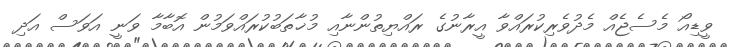
ވީޑިއޯ މެސެޖެއް މެދުވެރިކުރައްވާ އީރާނުގެ ރައްޔިތުންނާއި މުޚާތަބުކުރައްވަމުން އޮބާމާ ވަނީ އަވަސް އަދި